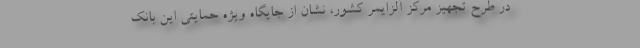
در طرح تجهیز مرکز آلزایمر کشور، نشان از جایگاه ویژه حمایتی این بانک